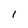
Character: I